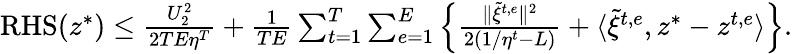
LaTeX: \begin{array}{r}{\mathrm{RHS}(z^{*})\leq\frac{U_{2}^{2}}{2TE\eta^{T}}+\frac{1}{TE}\sum_{t=1}^{T}\sum_{e=1}^{E}\Big\{ \frac{\| \tilde{\xi}^{t,e}\| ^{2}}{2(1/\eta^{t}-L)}+\langle\tilde{\xi}^{t,e},z^{*}-z^{t,e}\rangle\Big\} .}\end{array}